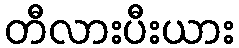
တီလားပီးယား